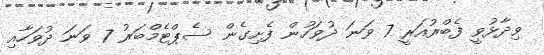
ވިދާޅުވީ ފެބްރުއަރީ 7 ވަނަ ދުވަހުން ފެށިގެން ސެޕްޓެމްބަރު 7 ވަނަ ދުވަހާއި